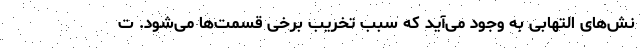
نش‌های التهابی به وجود می‌آید که سبب تخریب برخی قسمت‌ها می‌شود. ت